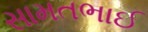
સામતભાઈ